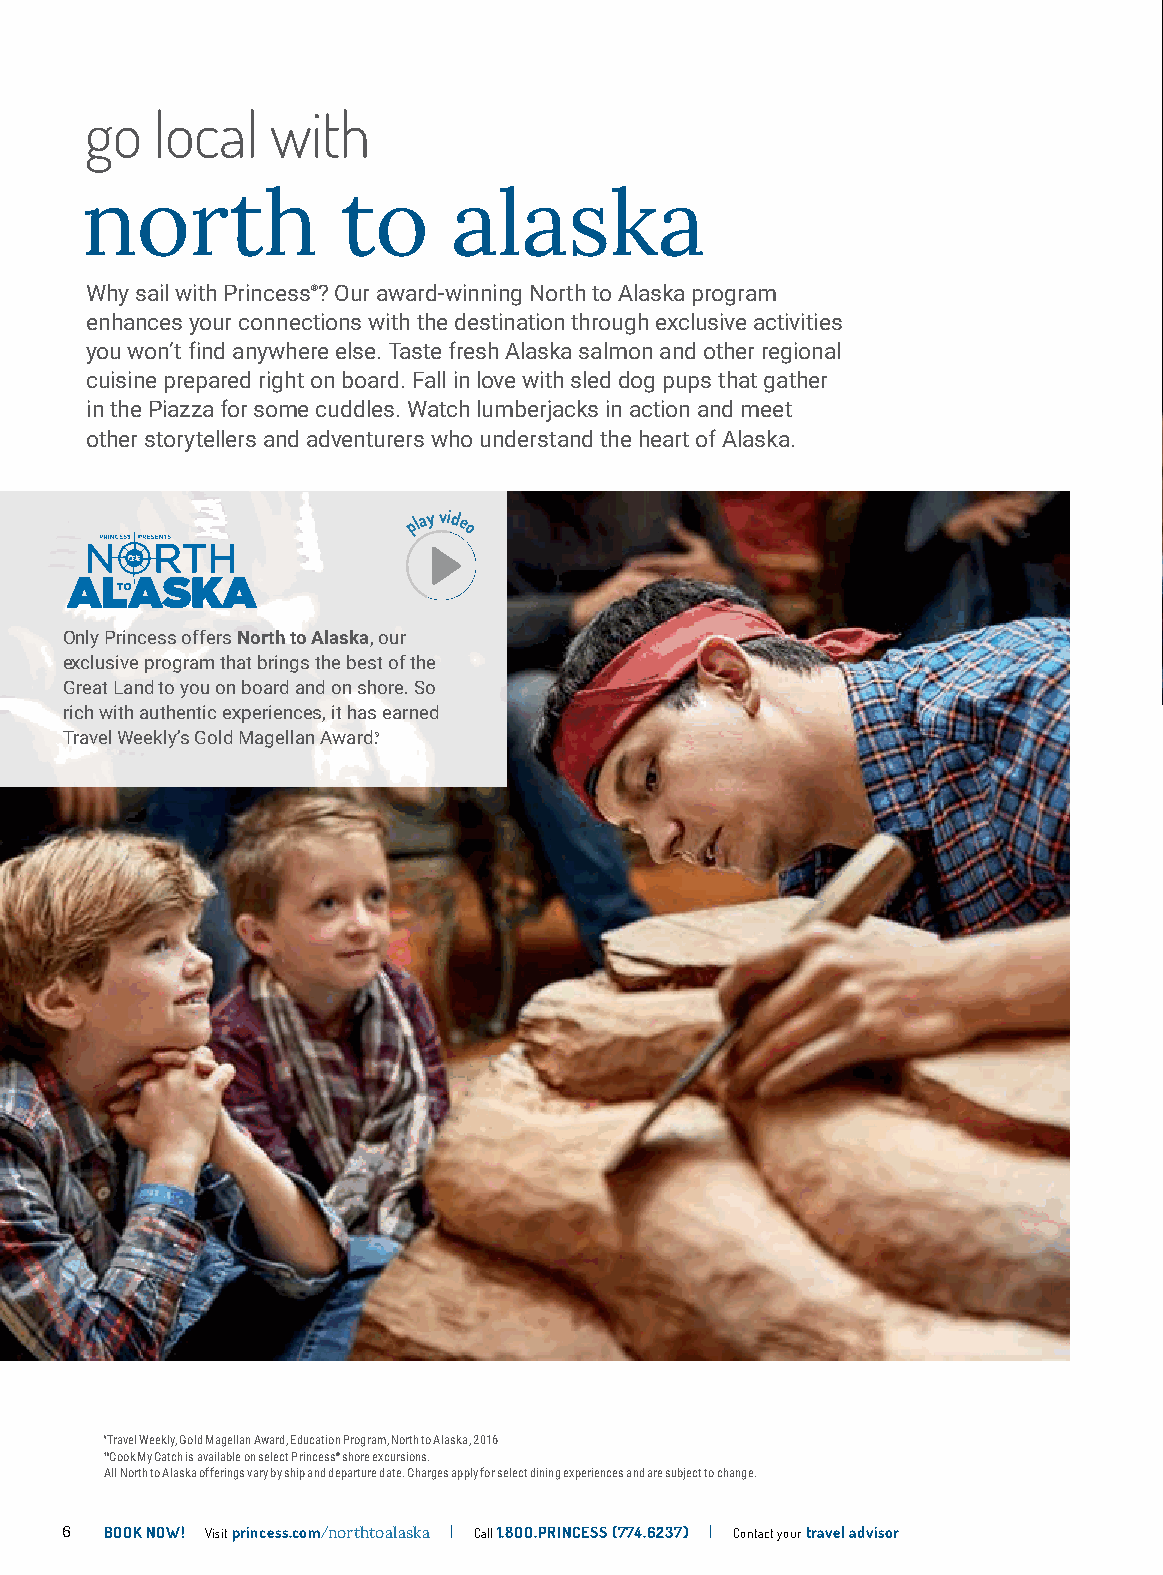
go  local   with
 north             to     alaska
 Why sail with Princess®? Our award-winning North to Alaska program
 enhances your connections with the destination through exclusive activities
 you won’t find anywhere else. Taste fresh Alaska salmon and other regional
 cuisine prepared right on board. Fall in love with sled dog pups that gather
 in the Piazza for some cuddles. Watch lumberjacks in action and meet
 other storytellers and adventurers who understand the heart of Alaska.
 play vide
 o
 Only Princess offers North to Alaska, our
 exclusive program that brings the best of the
 Great Land to you on board and on shore. So
 rich with authentic experiences, it has earned
 Travel Weekly’s Gold Magellan Award.9
 9Travel Weekly, Gold Magellan Award, Education Program, North to Alaska, 2016
 10Cook My Catch is available on select Princess® shore excursions.
 All North to Alaska offerings vary by ship and departure date. Charges apply for select dining experiences and are subject to change.
 6  BOOK NOW! Visit princess.com/northtoalaska | Call 1.8OO.PRINCESS (774.6237) | Contact your travel advisor